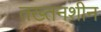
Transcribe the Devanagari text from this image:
तख्तनशीन